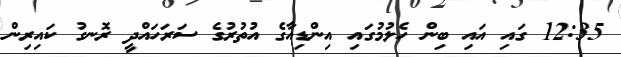
12:35 ގައި އައި ބިން ހެލުމުގައި އިންޑިއާގެ އުތުރުގެ ސަރަހައްދީ ރޮނގު ކައިރިން